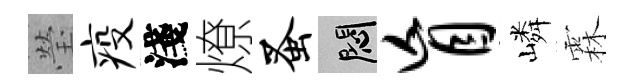
瑩疫淺燎蚤悶盲嶙霖